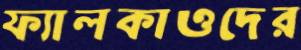
ফ্যালকাওদের